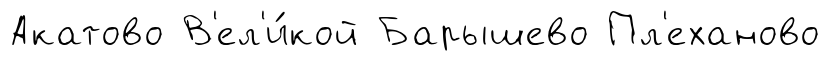
Акатово В'ел'и́кой Барышево Пл'еханово